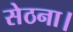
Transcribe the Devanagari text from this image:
सेठना।